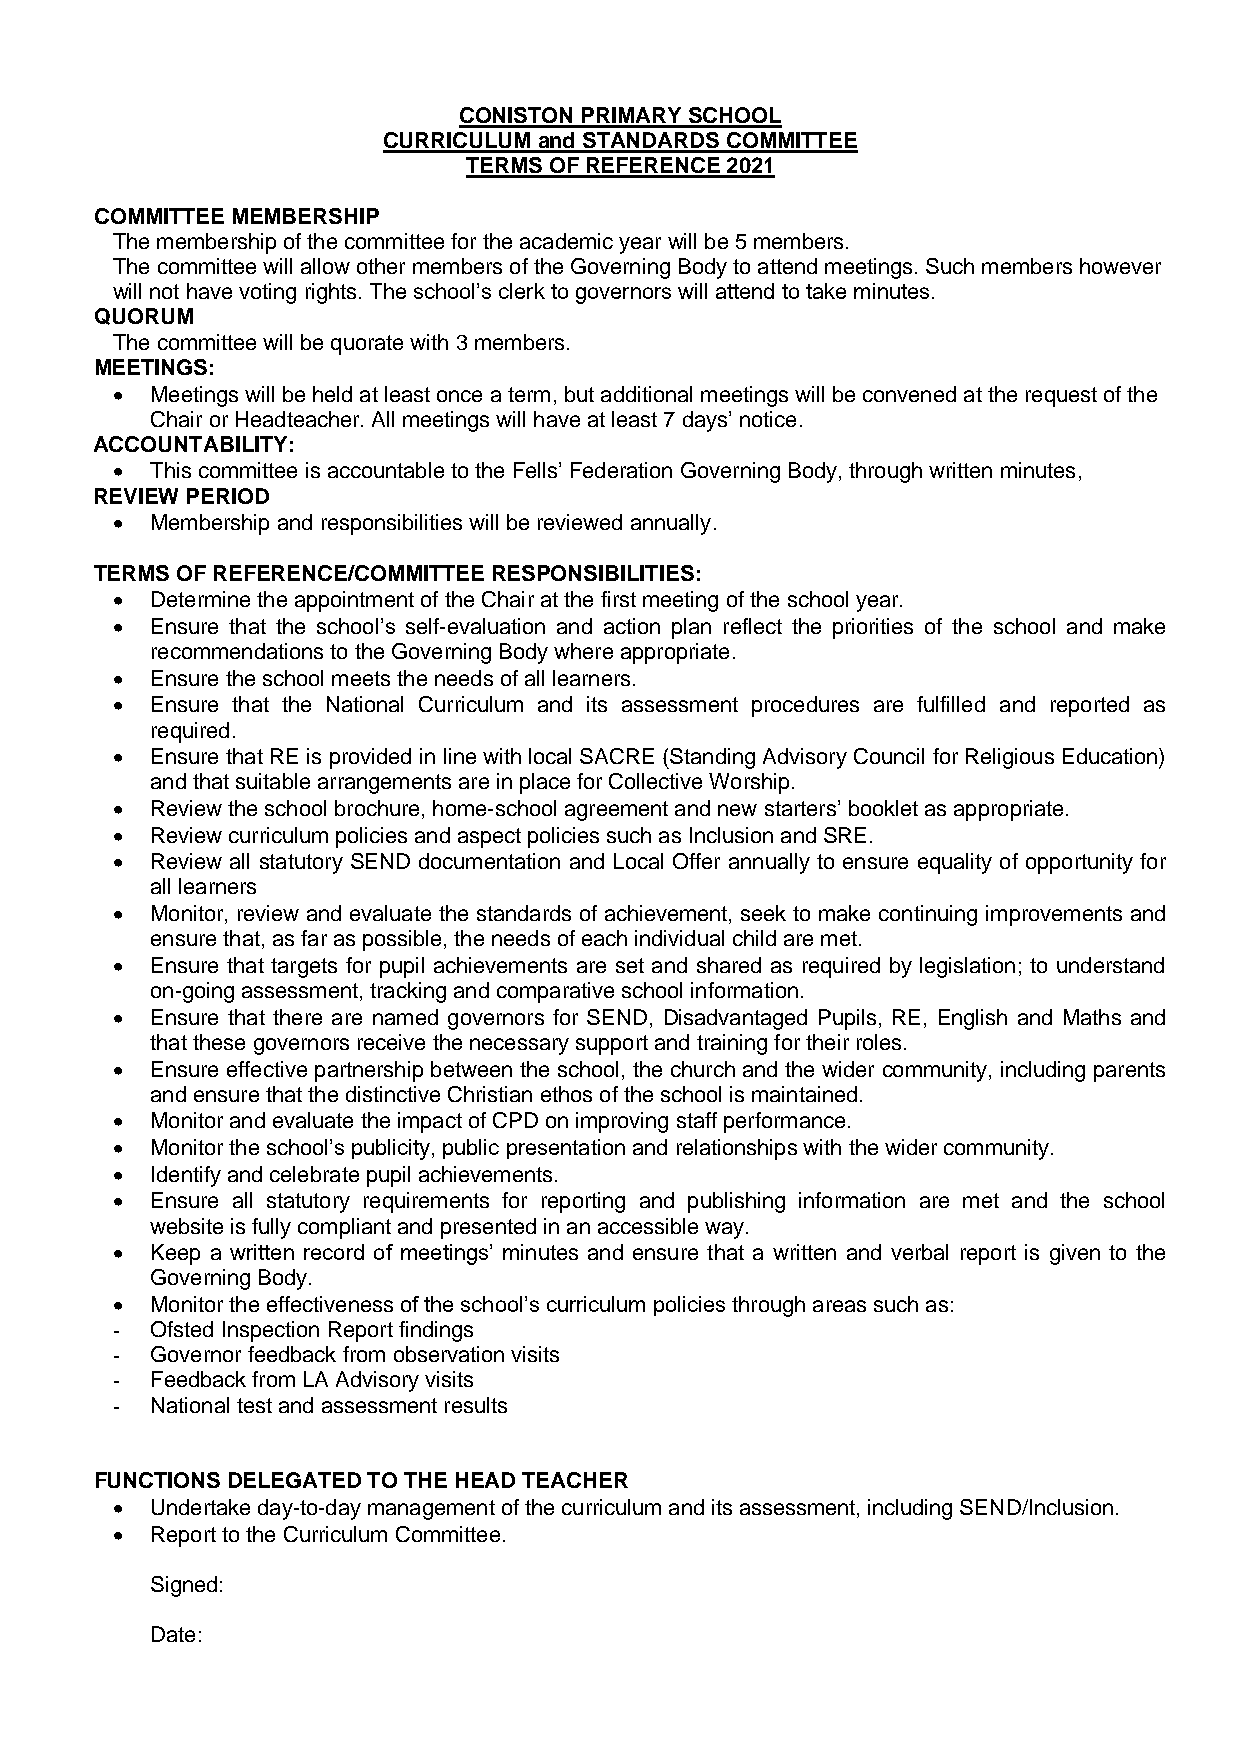
CONISTON PRIMARY SCHOOL
 CURRICULUM and STANDARDS COMMITTEE
 TERMS OF REFERENCE 2021
 COMMITTEE MEMBERSHIP
 The membership of the committee for the academic year will be 5 members.
 The committee will allow other members of the Governing Body to attend meetings. Such members however
 will not have voting rights. The school’s clerk to governors will attend to take minutes.
 QUORUM
 The committee will be quorate with 3 members.
 MEETINGS:
 •  Meetings will be held at least once a term, but additional meetings will be convened at the request of the
 Chair or Headteacher. All meetings will have at least 7 days’ notice.
 ACCOUNTABILITY:
 •  This committee is accountable to the Fells’ Federation Governing Body, through written minutes,
 REVIEW PERIOD
 •  Membership and responsibilities will be reviewed annually.
 TERMS OF REFERENCE/COMMITTEE RESPONSIBILITIES:
 •  Determine the appointment of the Chair at the first meeting of the school year.
 •  Ensure that the school’s self-evaluation and action plan reflect the priorities of the school and make
 recommendations to the Governing Body where appropriate.
 •  Ensure the school meets the needs of all learners.
 •  Ensure that the National Curriculum and its assessment procedures are fulfilled and reported as
 required.
 •  Ensure that RE is provided in line with local SACRE (Standing Advisory Council for Religious Education)
 and that suitable arrangements are in place for Collective Worship.
 •  Review the school brochure, home-school agreement and new starters’ booklet as appropriate.
 •  Review curriculum policies and aspect policies such as Inclusion and SRE.
 •  Review all statutory SEND documentation and Local Offer annually to ensure equality of opportunity for
 all learners
 •  Monitor, review and evaluate the standards of achievement, seek to make continuing improvements and
 ensure that, as far as possible, the needs of each individual child are met.
 •  Ensure that targets for pupil achievements are set and shared as required by legislation; to understand
 on-going assessment, tracking and comparative school information.
 •  Ensure that there are named governors for SEND, Disadvantaged Pupils, RE, English and Maths and
 that these governors receive the necessary support and training for their roles.
 •  Ensure effective partnership between the school, the church and the wider community, including parents
 and ensure that the distinctive Christian ethos of the school is maintained.
 •  Monitor and evaluate the impact of CPD on improving staff performance.
 •  Monitor the school’s publicity, public presentation and relationships with the wider community.
 •  Identify and celebrate pupil achievements.
 •  Ensure all statutory requirements for reporting and publishing information are met and the school
 website is fully compliant and presented in an accessible way.
 •  Keep a written record of meetings’ minutes and ensure that a written and verbal report is given to the
 Governing Body.
 •  Monitor the effectiveness of the school’s curriculum policies through areas such as:
 -  Ofsted Inspection Report findings
 -  Governor feedback from observation visits
 -  Feedback from LA Advisory visits
 -  National test and assessment results
 FUNCTIONS DELEGATED TO THE HEAD TEACHER
 •  Undertake day-to-day management of the curriculum and its assessment, including SEND/Inclusion.
 •  Report to the Curriculum Committee.
 Signed:
 Date: